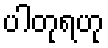
ပါတုရဟု